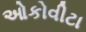
ઓકોવીટા